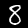
Digit: 8